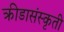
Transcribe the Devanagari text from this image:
क्रीडासंस्कृती